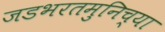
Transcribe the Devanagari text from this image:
जडभरतमुनिच्या